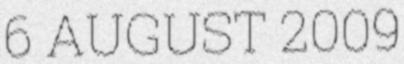
6 AUGUST 2009